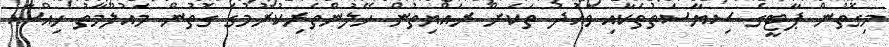
މިގޮތުން ޕާޓީގެ ސިޔާސަތުތަކާއި ވައުދު ތަކަށް ރައްޔިތުން ހޭލުންތެރިކުރުމުގެ ގޮތުން މައުލޫމާތު ހިއްސާ